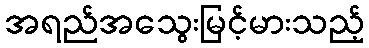
အရည်အသွေးမြင့်မားသည့်